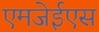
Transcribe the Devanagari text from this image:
एमजेईएस